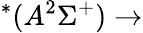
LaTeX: ^*(A^{2}\Sigma^{+})\rightarrow